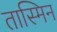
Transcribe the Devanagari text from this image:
तास्मिन